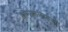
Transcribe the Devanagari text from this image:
सानफ्रांसिस्को